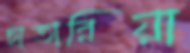
ছাতারিয়া